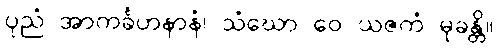
ပုညံ အာကင်္ခဟနာနံ၊ သံဃော ဝေ ယဇကံ မုခန္တိ။